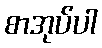
စာအုပ်ပါ